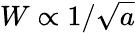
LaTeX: W\propto 1/\sqrt{a}